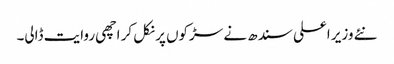
نئے وزیر اعلی سندھ نے سڑکوں پر نکل کر اچھی روایت ڈالی۔